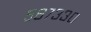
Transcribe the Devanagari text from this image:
५६७३३०